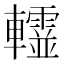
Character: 𨏨